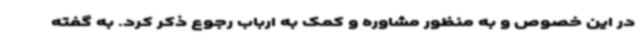
در این خصوص و به منظور مشاوره و کمک به ارباب رجوع ذکر کرد. به گفته